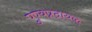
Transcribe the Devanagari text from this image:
पुण्यप्रदायक